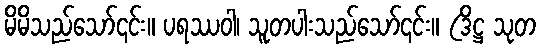
မိမိသည်သော်၎င်း။ ပရဿဝါ၊ သူတပါးသည်သော်၎င်း။ (ဒိဋ္ဌ သုတ